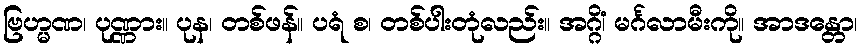
ဗြဟ္မဏ၊ ပုဏ္ဏား။ ပုန၊ တစ်ဖန်။ ပရံ စ၊ တစ်ပါးတုံလည်း။ အဂ္ဂိံ၊ မင်္ဂလာမီးကို။ အာဒန္တော၊